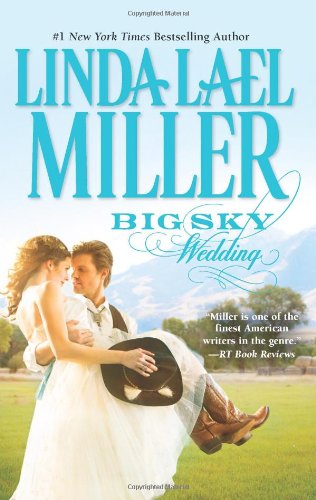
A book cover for Big Sky Wedding; Linda Lael Miller; Literature & Fiction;